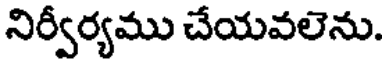
నిర్వీర్యము చేయవలెను.